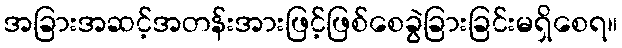
အခြားအဆင့်အတန်းအားဖြင့်ဖြစ်စေခွဲခြားခြင်းမရှိစေရ။